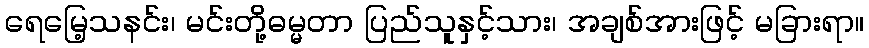
ရေမြေ့သနင်း၊ မင်းတို့ဓမ္မတာ ပြည်သူနှင့်သား၊ အချစ်အားဖြင့် မခြားရာ။